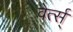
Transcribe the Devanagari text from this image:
वेर्त्स्